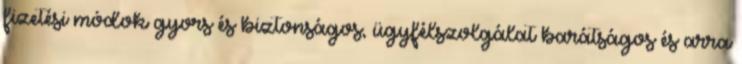
fizetési módok gyors és biztonságos, ügyfélszolgálat barátságos és arra